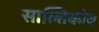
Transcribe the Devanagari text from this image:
साल्तिकोव